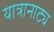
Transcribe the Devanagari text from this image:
यात्रानाट्य